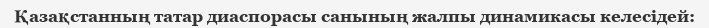
Қазақстанның татар диаспорасы санының жалпы динамикасы келесідей: